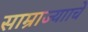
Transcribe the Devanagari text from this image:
साम्राज्यााचे